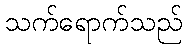
သက်ရောက်သည်